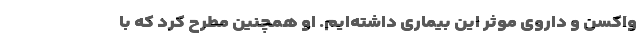
واکسن و داروی موثر این بیماری داشته‌ایم. او همچنین مطرح کرد که با